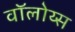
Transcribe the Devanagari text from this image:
वॉलोय्स